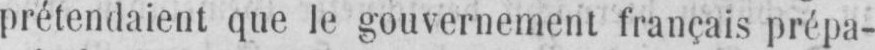
prétendaient que le gouvernement français prépa-